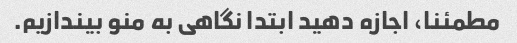
مطمئنا، اجازه دهید ابتدا نگاهی به منو بیندازیم.